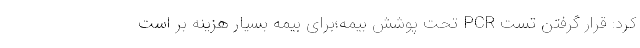
کرد: قرار گرفتن تست PCR تحت پوشش بیمه؛برای بیمه بسیار هزینه بر است